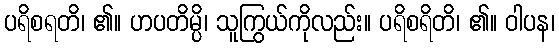
ပရိစရတိ၊ ၏။ ဟပတိမ္ပိ၊ သူကြွယ်ကိုလည်း။ ပရိစရိတိ၊ ၏။ ဝါပန၊